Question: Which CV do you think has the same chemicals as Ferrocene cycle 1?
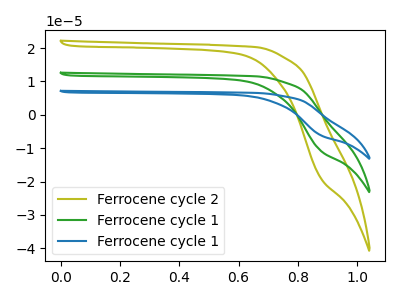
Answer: <think>The olive curve "Ferrocene cycle 2" has no peaks. The green curve "Ferrocene cycle 1" has no peaks. The blue curve "Ferrocene cycle 1" has no peaks.
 Neither "Ferrocene cycle 2" or "Ferrocene cycle 1" have any peaks. Neither "Ferrocene cycle 2" or "Ferrocene cycle 1" have any peaks. Neither "Ferrocene cycle 1" or "Ferrocene cycle 1" have any peaks.</think>
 <answer>"Ferrocene cycle 1" and "Ferrocene cycle 1" have a similar shape to "Ferrocene cycle 2".</answer>
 <eval>"Ferrocene cycle 1" "Ferrocene cycle 1"</eval>